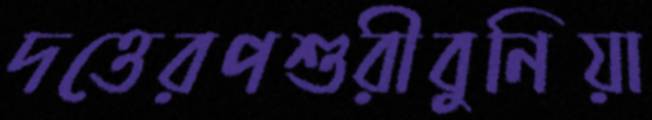
দত্তেরপশুরীবুনিয়া